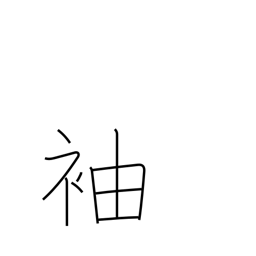
Meaning: wing (building)